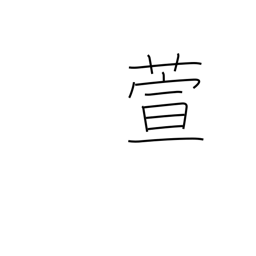
Meaning: miscanthus reed